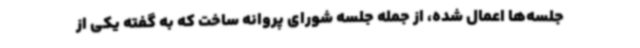
جلسه‌ها اعمال شده، از جمله جلسه شورای پروانه ساخت که به گفته یکی از